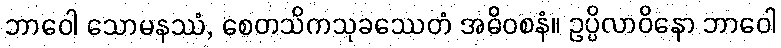
ဘာဝေါ သောမနဿံ, စေတသိကသုခဿေတံ အဓိဝစနံ။ ဥပ္ပိလာဝိနော ဘာဝေါ